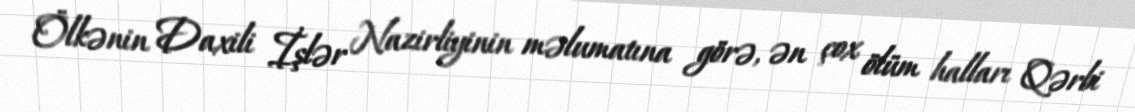
Ölkənin Daxili İşlər Nazirliyinin məlumatına görə, ən çox ölüm halları Qərbi